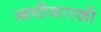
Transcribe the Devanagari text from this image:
आधीसारखी